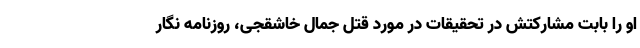
او را بابت مشارکتش در تحقیقات در مورد قتل جمال خاشقجی، روزنامه نگار